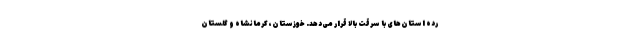
رده‌ استان‌های با سرقت بالا قرار می‌دهد. خوزستان، کرمانشاه و گلستان